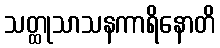
သတ္ထုသာသနကာရိနောတိ